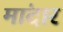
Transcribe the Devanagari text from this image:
मांदार